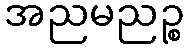
အညမညဉ္စ